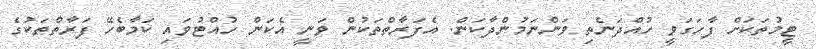
ޓީމުތަކަށް ފާހަގަވީ ހުއްދަނެތި ވަންނަމުންދާކަން. އެފަރާތްތަކުން ވަނީ އެކަން ހުއްޓުވައި ކަމާބެހޭ ފަރާތްތަކުގެ